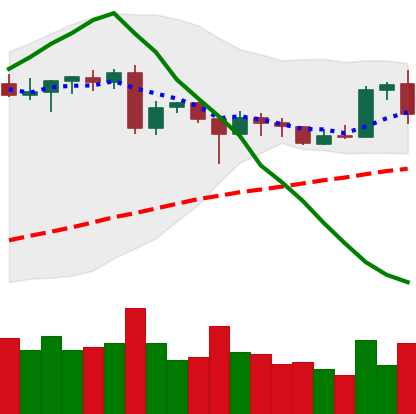
Ticker: ETH-USD
Chart end date: 2020-06-24
Forward return: -3.214%
Label: down_3_5